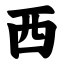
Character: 西